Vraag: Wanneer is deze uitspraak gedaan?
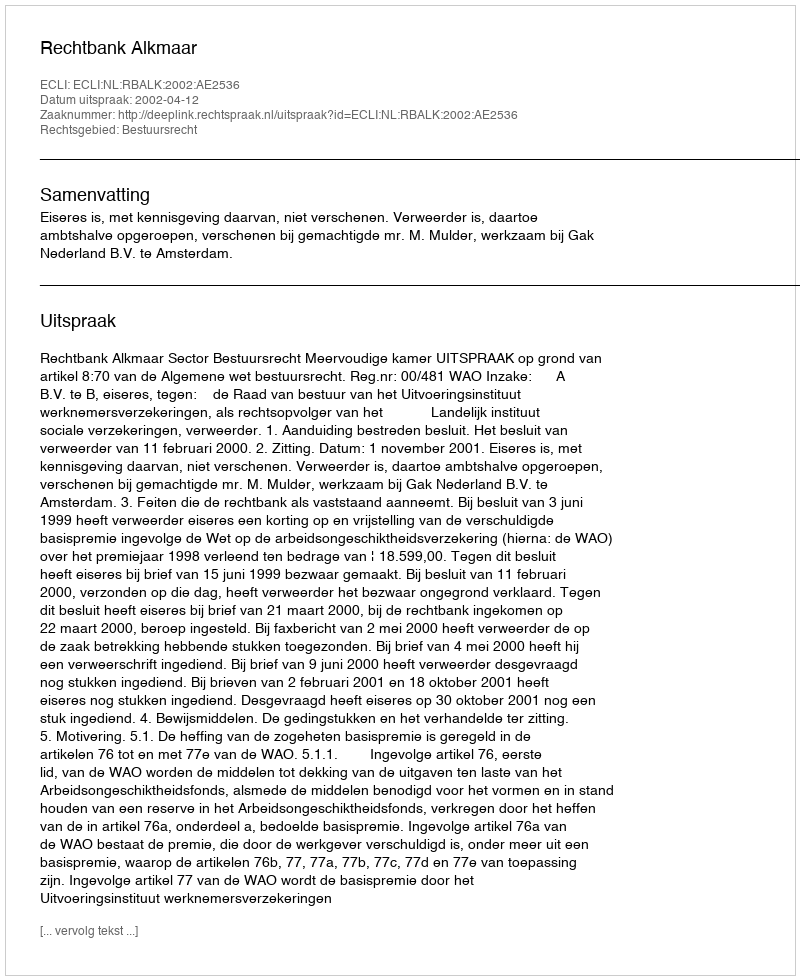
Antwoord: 2002-04-12